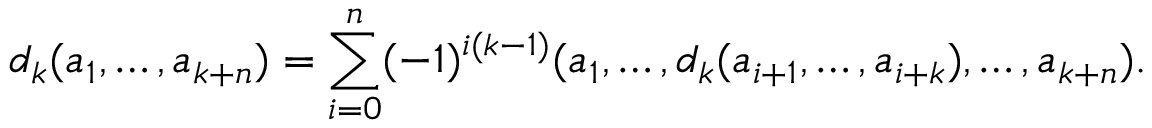
d _ { k } ( a _ { 1 } , \ldots , a _ { k + n } ) = \sum _ { i = 0 } ^ { n } ( - 1 ) ^ { i ( k - 1 ) } ( a _ { 1 } , \ldots , d _ { k } ( a _ { i + 1 } , \ldots , a _ { i + k } ) , \ldots , a _ { k + n } ) .